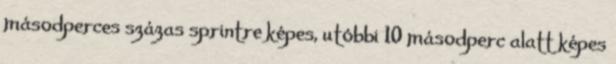
másodperces százas sprintre képes, utóbbi 10 másodperc alatt képes